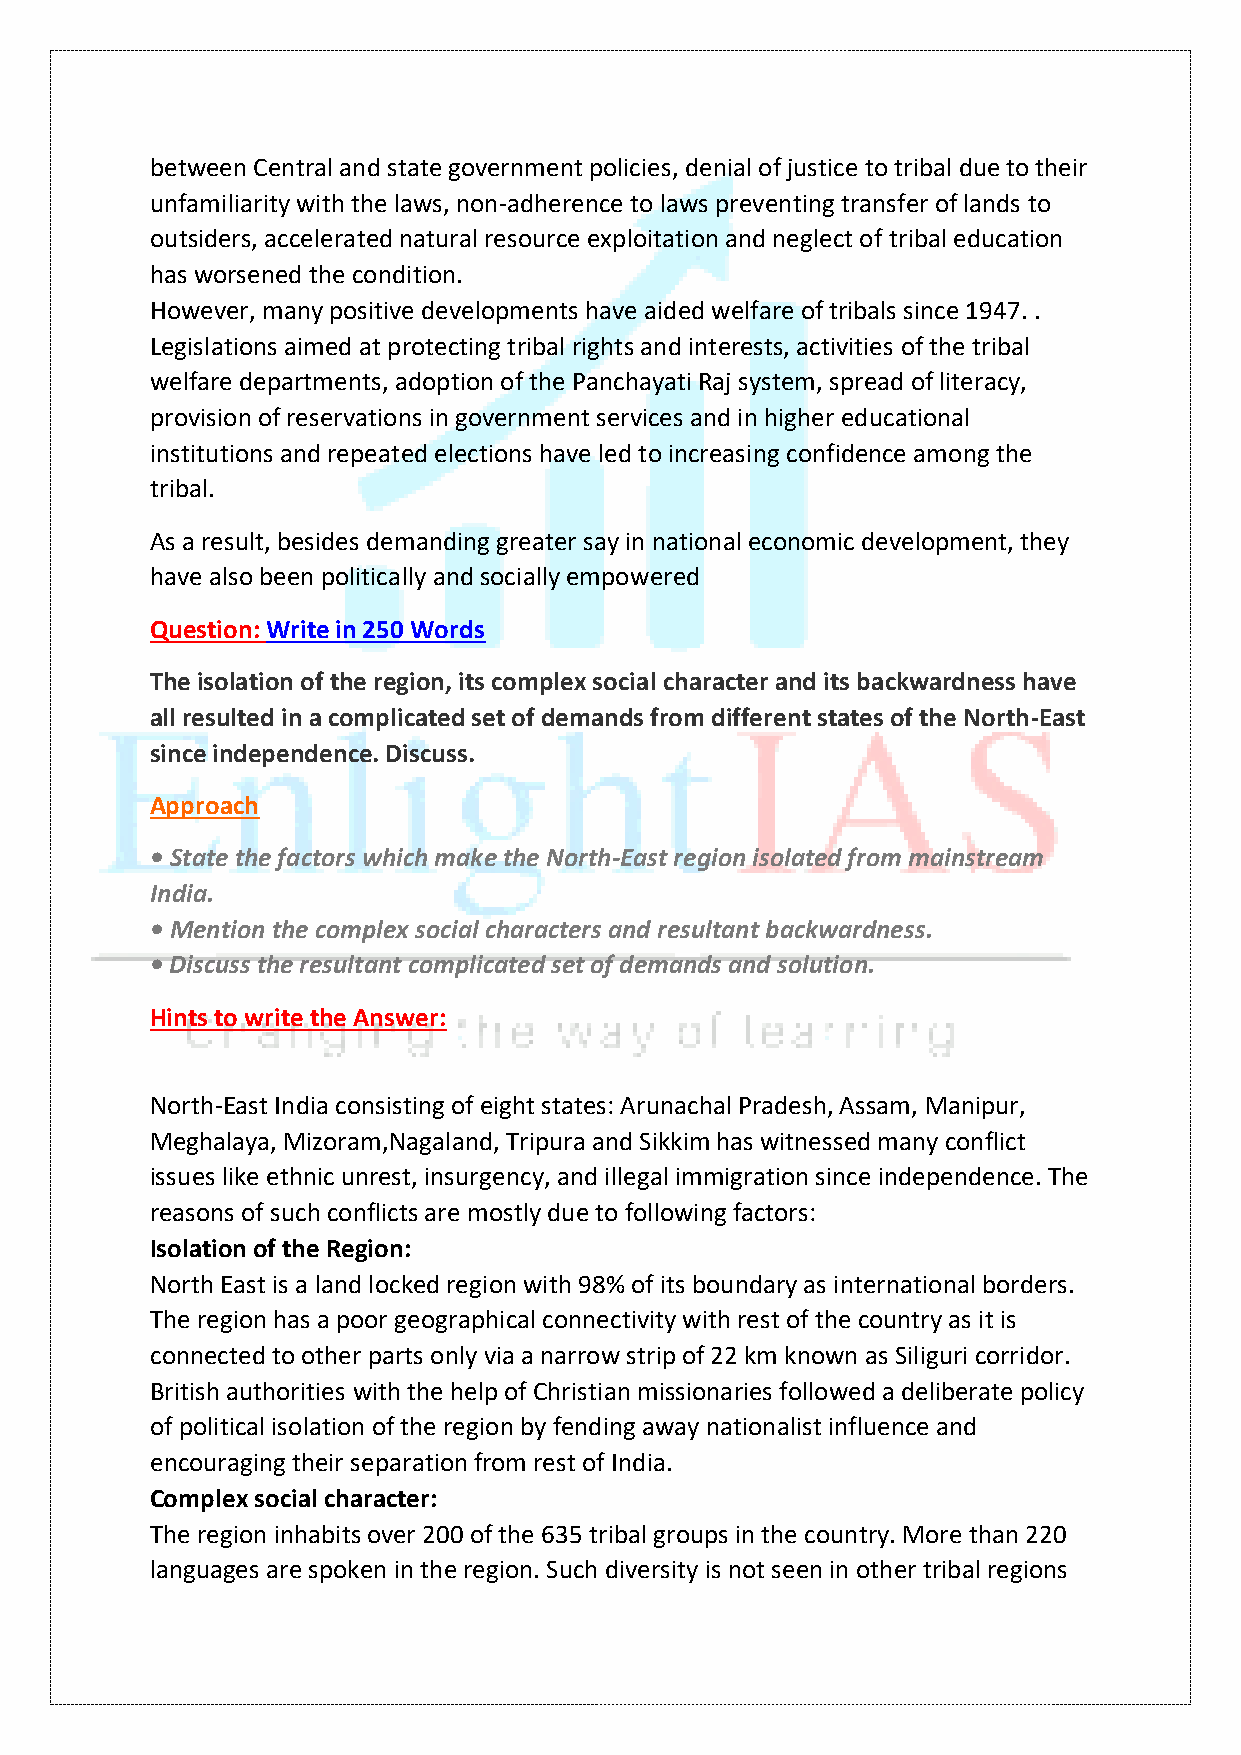
between Central and state government policies, denial of justice to tribal due to their
 unfamiliarity with the laws, non-adherence to laws preventing transfer of lands to
 outsiders, accelerated natural resource exploitation and neglect of tribal education
 has worsened the condition.
 However, many positive developments have aided welfare of tribals since 1947. .
 Legislations aimed at protecting tribal rights and interests, activities of the tribal
 welfare departments, adoption of the Panchayati Raj system, spread of literacy,
 provision of reservations in government services and in higher educational
 institutions and repeated elections have led to increasing confidence among the
 tribal.
 As a result, besides demanding greater say in national economic development, they
 have also been politically and socially empowered
 Question: Write in 250 Words
 The isolation of the region, its complex social character and its backwardness have
 all resulted in a complicated set of demands from different states of the North-East
 since independence. Discuss.
 Approach
 • State the factors which make the North-East region isolated from mainstream
 India.
 • Mention the complex social characters and resultant backwardness.
 • Discuss the resultant complicated set of demands and solution.
 Hints to write the Answer:
 North-East India consisting of eight states: Arunachal Pradesh, Assam, Manipur,
 Meghalaya, Mizoram,Nagaland, Tripura and Sikkim has witnessed many conflict
 issues like ethnic unrest, insurgency, and illegal immigration since independence. The
 reasons of such conflicts are mostly due to following factors:
 Isolation of the Region:
 North East is a land locked region with 98% of its boundary as international borders.
 The region has a poor geographical connectivity with rest of the country as it is
 connected to other parts only via a narrow strip of 22 km known as Siliguri corridor.
 British authorities with the help of Christian missionaries followed a deliberate policy
 of political isolation of the region by fending away nationalist influence and
 encouraging their separation from rest of India.
 Complex social character:
 The region inhabits over 200 of the 635 tribal groups in the country. More than 220
 languages are spoken in the region. Such diversity is not seen in other tribal regions